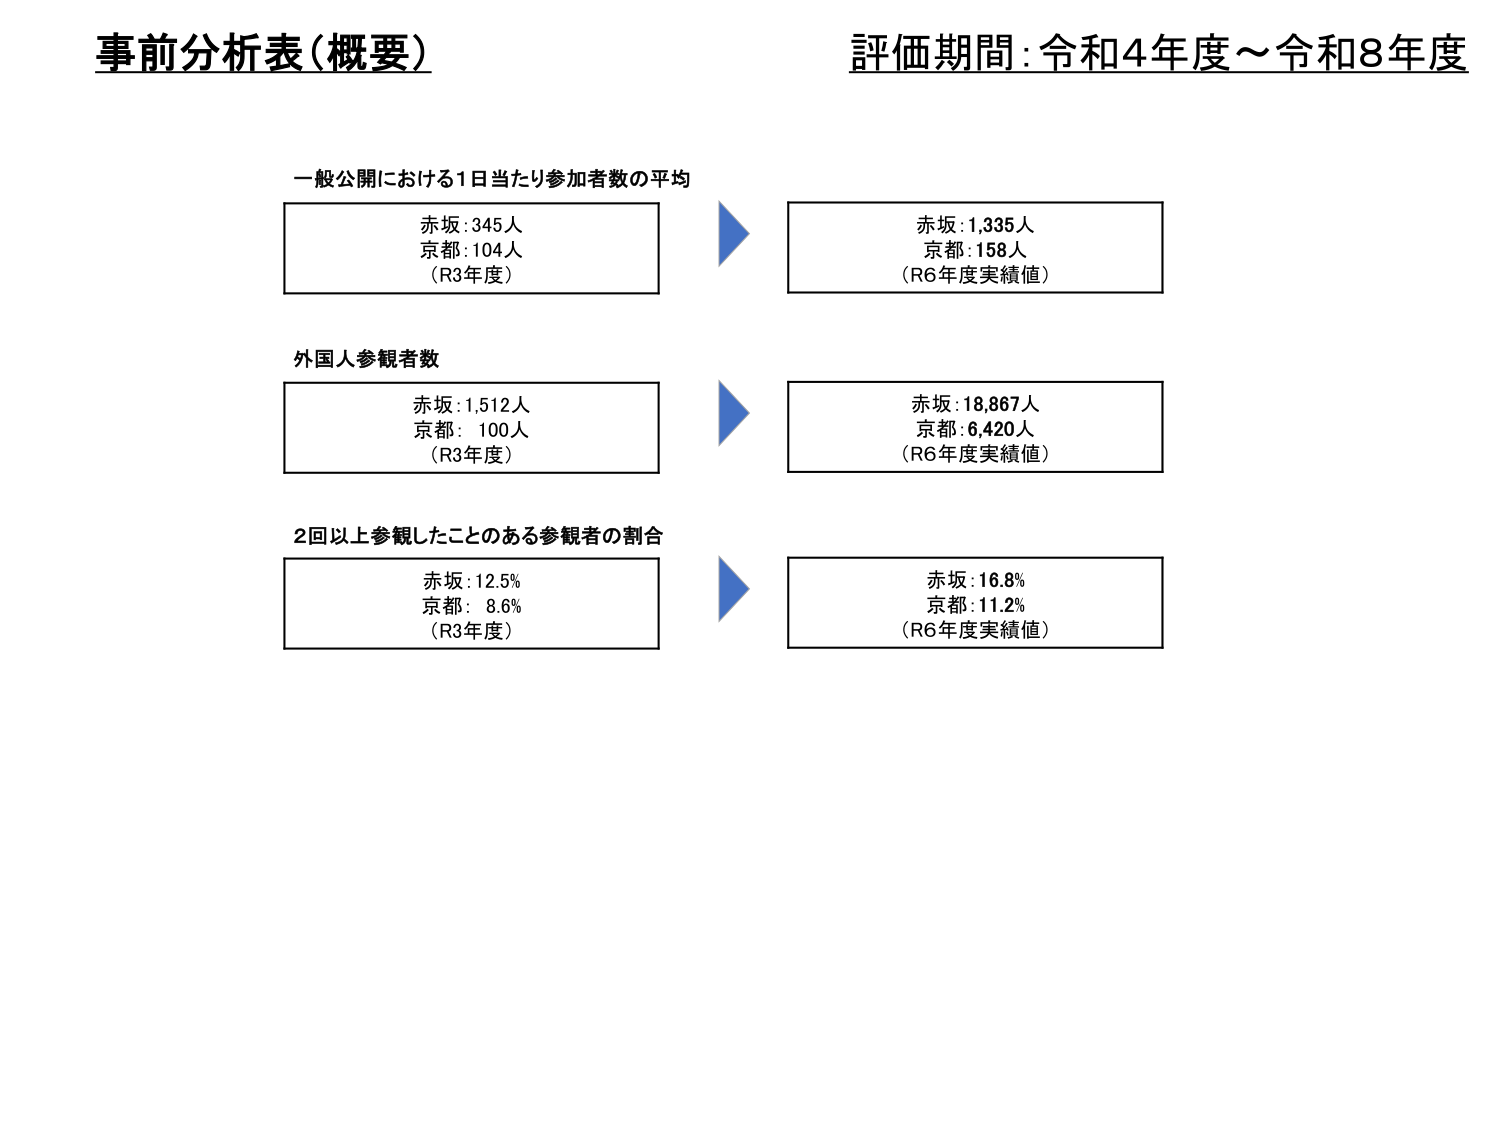
事前分析表（概要）
評価期間：令和4年度～令和8年度

一般公開における1日当たり参加者数の平均
赤坂：345人
京都：104人
（R3年度）

→
赤坂：1,335人
京都：158人
（R6年度実績値）

外国人参観者数
赤坂：1,512人
京都：100人
（R3年度）

→
赤坂：18,867人
京都：6,420人
（R6年度実績値）

2回以上参観したことのある参観者の割合
赤坂：12.5%
京都：8.6%
（R3年度）

→
赤坂：16.8%
京都：11.2%
（R6年度実績値）